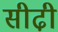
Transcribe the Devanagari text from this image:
सीढी़